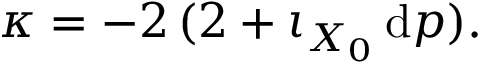
\kappa = - 2 \, ( 2 + \iota _ { X _ { 0 } } \, \mathrm { d } p ) .